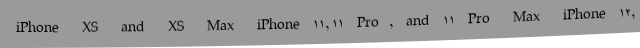
iPhone XS and XS Max iPhone 11, 11 Pro, and 11 Pro Max iPhone 12,